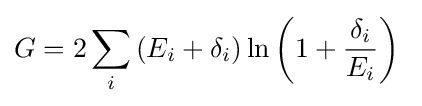
G=2\sum _{i}{(E_{i}+\delta _{i})\ln \left(1+{\frac {\delta _{i}}{E_{i}}}\right)}~